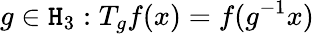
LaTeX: g\in\mathtt{H}_{3}:T_{g}f(x)=f(g^{-1}x)